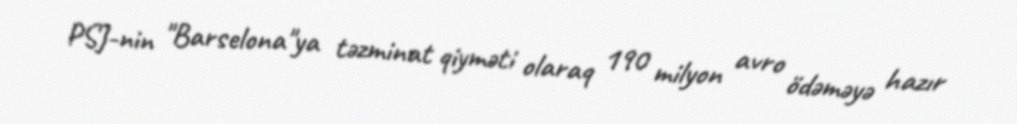
PSJ-nin "Barselona"ya təzminat qiyməti olaraq 190 milyon avro ödəməyə hazır